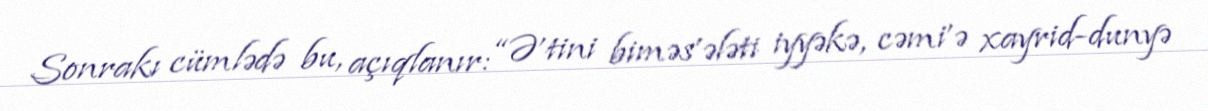
Sonrakı cümlədə bu, açıqlanır: “Ə’tini biməs’ələti iyyəkə, cəmi’ə xayrid-dunyə